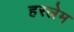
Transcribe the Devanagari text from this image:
हस्लेम